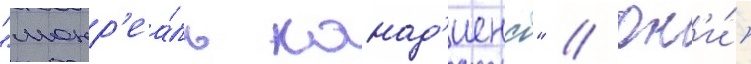
"монр'еа́ль канад'иенс" // Он'и́